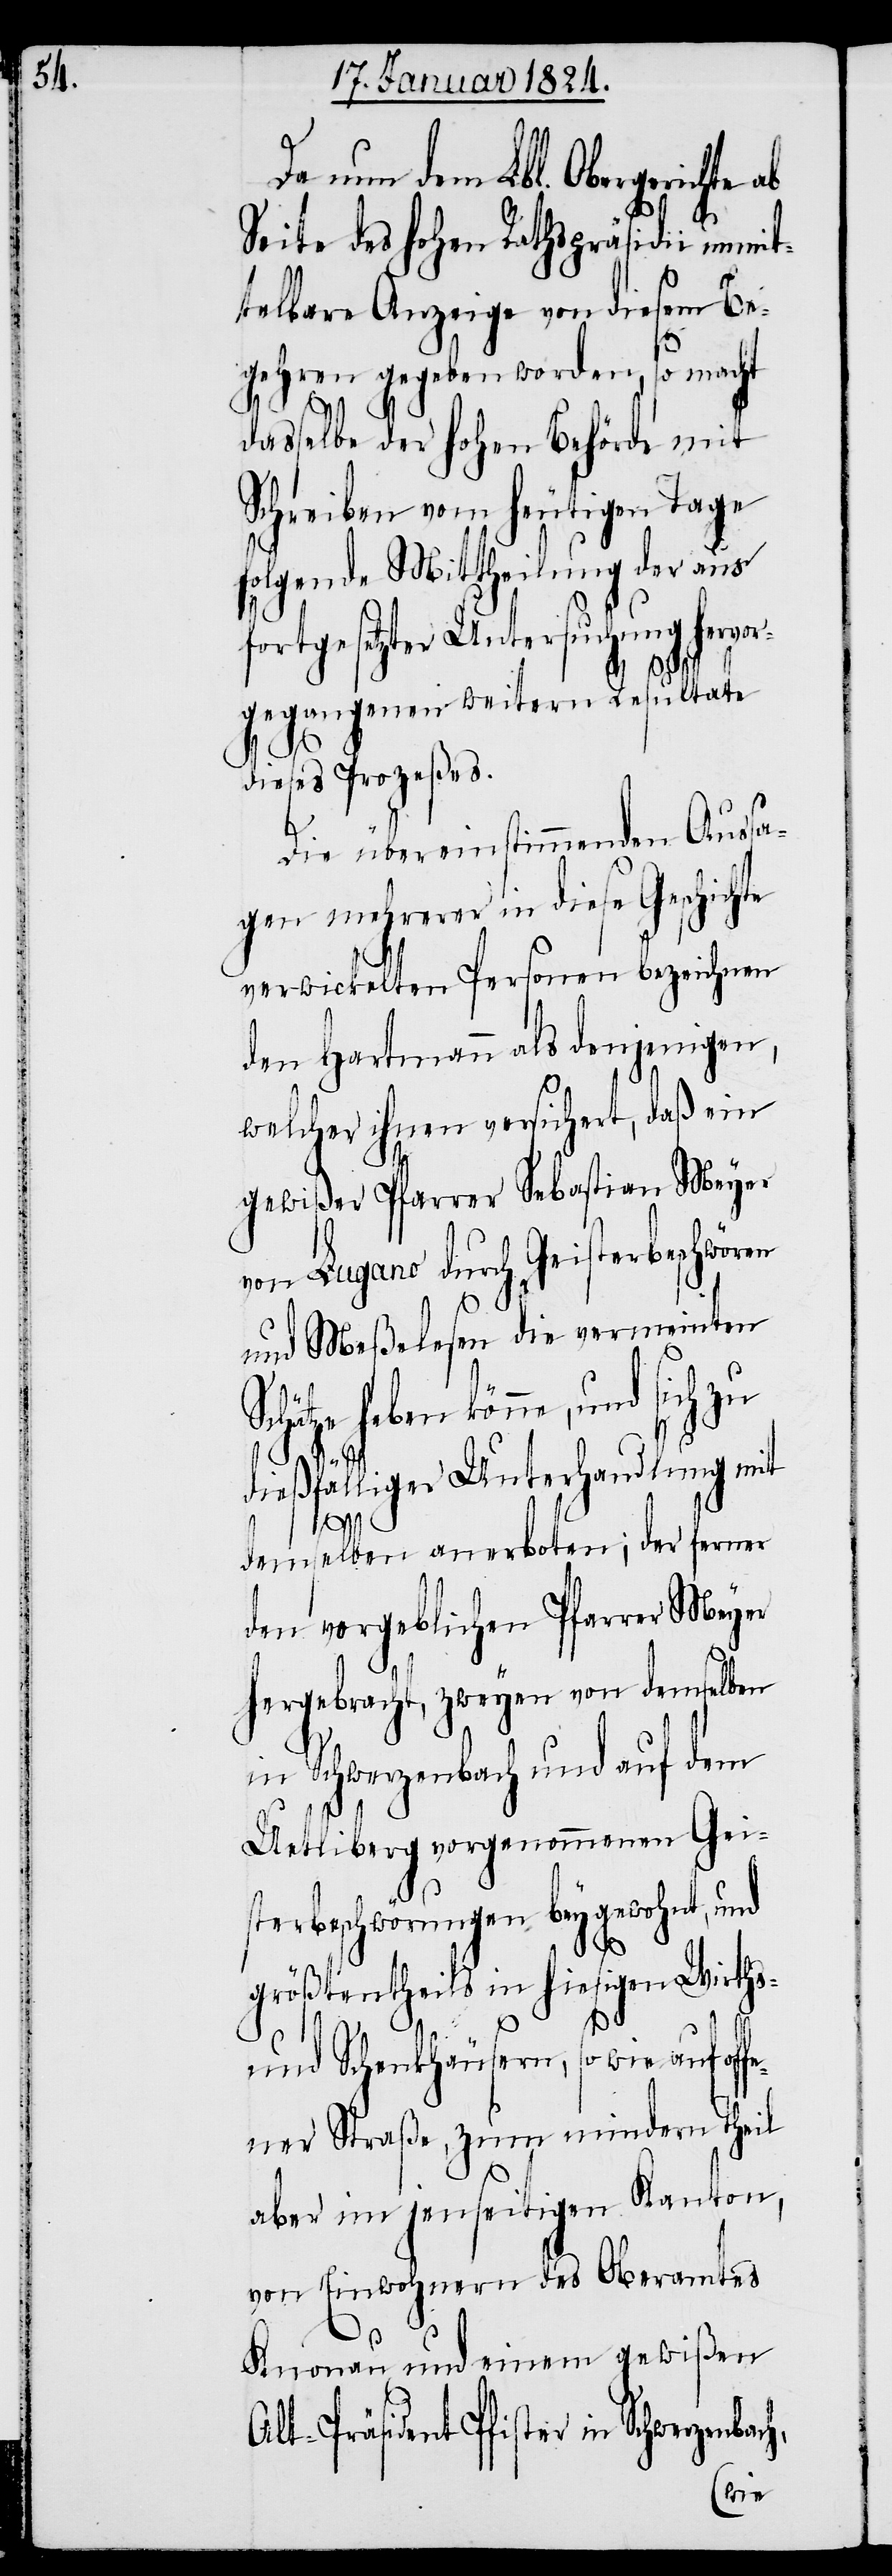
Da nun das Lbl. Obergerichte
Seite des hohen Rathspräsidii unmit¬
telbare Anzeige von diesem Be¬
gehren gegeben worden, so macht
dasselbe der hohen Behörde mit
Schreiben vom heutigen Tage
folgende Mittheilung der aus
fortgesetzter Untersuchung hervo¬
rgegangenen weitern Resultate
dieses Prozeßes.
Die übereinstimmenden Aussa¬
gen mehrerer in diese Geschichte
verwickelten Personen bezeichnen
den Hartmann als denjenigen,
welcher ihnen versichert, daß ein
gewißer Pfarrer Sebastian Meyer
von Lugano durch Geisterbeschwören
und Meßelesen die vermeinten
hätze haben könne, und sich zu
dießfälliger Unterhandlung mit
demselben anerboten; der ferner
den vorgeblichen Pfarrer Meyer
hergebracht, zweyen von demselben
in Schwerzenbach und auf dem
Uetliberg vorgenommenen Gei¬
h,
sterbeschwörungen beygewohnt, und
Sc¬
größtentheils in hiesigen Wirths-
und Schenkhäusern, sowie auf off¬
ener Straße, zum mindern Theil
aber im jenseitigen Kanton,
von Einwohnern des Oberamtes
Knonau und einem gewißen
Alt-Präsident Pfister in Schwerzenbac¬